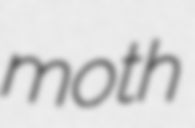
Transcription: moth